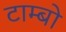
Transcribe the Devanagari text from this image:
टाम्‍बो